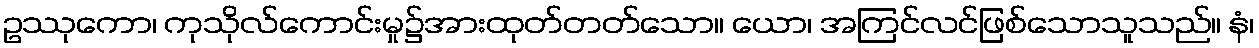
ဥဿုကော၊ ကုသိုလ်ကောင်းမှု၌အားထုတ်တတ်သော။ ယော၊ အကြင်လင်ဖြစ်သောသူသည်။ နံ၊